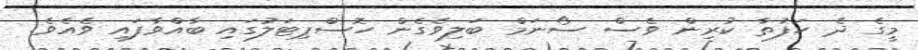
މީގެ ދެ ހަފުތާ ކުރިން ވެސް ސޯނަމް ބަލިވެގެން ހޮސްޕިޓަލުގައި ބާއްވާފައި ވެއެވެ.